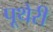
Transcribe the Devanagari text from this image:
पूथेरी